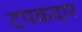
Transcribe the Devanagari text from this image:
टपकदार